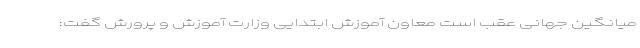
میانگین جهانی عقب است معاون آموزش ابتدایی وزارت آموزش و پرورش گفت: